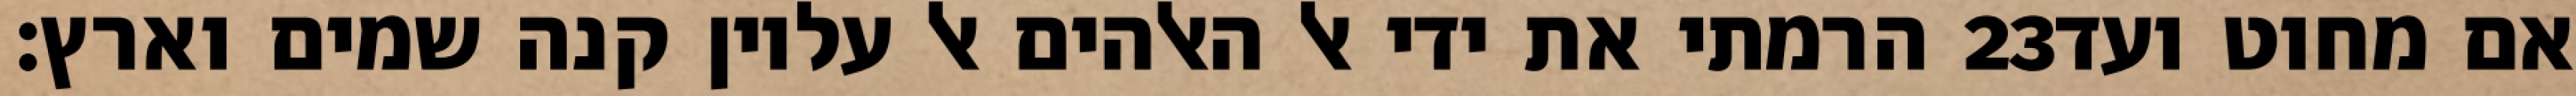
הרמתי את ידי אל האלהים אל עליון קנה שמים וארץ׃ ‎23‏ אם מחוט ועד